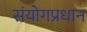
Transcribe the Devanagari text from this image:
संयोगप्रधान